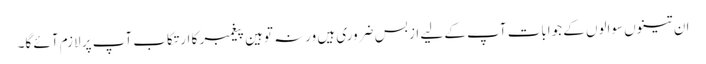
ان تینوں سوالوں کے جوابات آپ کے لیے از بس ضروری ہیں ورنہ توہین پیغمبر کا ارتکاب آپ پر لازم آئے گا۔